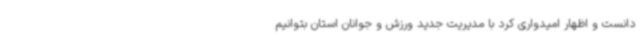
دانست و اظهار امیدواری کرد با مدیریت جدید ورزش و جوانان استان بتوانیم